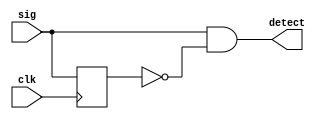
module EdgeDetector
#(parameter Type = 1)
(
    input sig,  // Input signal for which edge has to be detected
    input clk,  // Input signal for clock
    output reg detect // Output signal that gives a pulse when edge occurs
);           
    reg sig_dly; // Internal signal to store the delayed version of signal
 
    // This always block ensures that sig_dly is exactly 1 clock behind sig
    always @ (posedge clk)
    begin
        sig_dly <= sig;
    end
/*
    Combinational logic where sig is AND with delayed, inverted version of
    sig Assign statement assigns the evaluated expression in the RHS to the
    internal net pe
*/

    always @(*) 
    begin
        case (Type) 
            1 : detect = sig & ~sig_dly; // 1 = Rising edge 
            0 : detect = ~sig & sig_dly; // 0 = Faling edge
        endcase
    end


endmodule // EdgeDetector